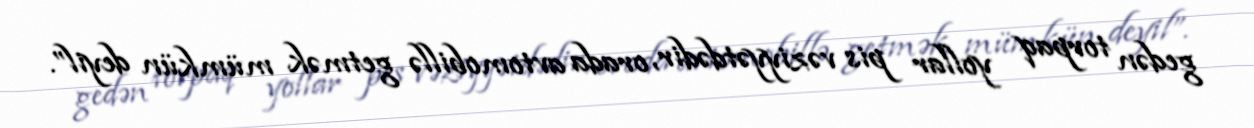
gedən torpaq yollar pis vəziyyətdədir, orada avtomobillə getmək mümkün deyil”.